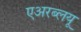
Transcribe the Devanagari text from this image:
एअरब्लयू